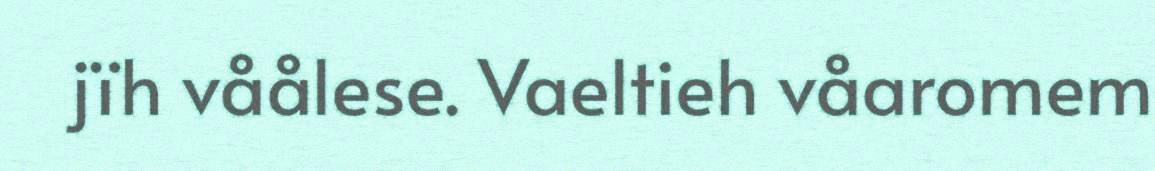
jïh våålese. Vaeltieh våaromem